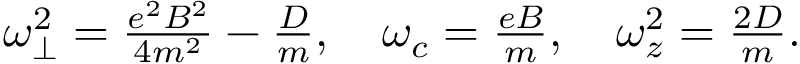
\begin{array} { r } { \omega _ { \perp } ^ { 2 } = \frac { e ^ { 2 } B ^ { 2 } } { 4 m ^ { 2 } } - \frac { D } { m } , \quad \omega _ { c } = \frac { e B } { m } , \quad \omega _ { z } ^ { 2 } = \frac { 2 D } { m } . } \end{array}